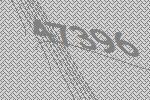
47396